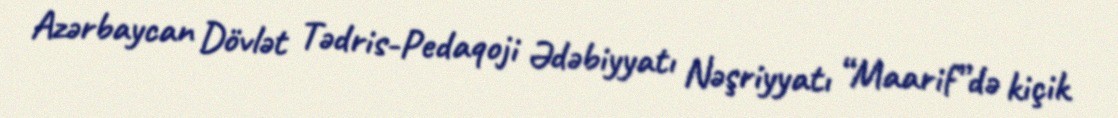
Azərbaycan Dövlət Tədris-Pedaqoji Ədəbiyyatı Nəşriyyatı “Maarif”də kiçik